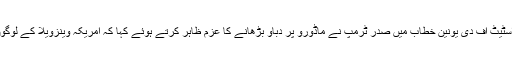
منگل کے روز اپنے اسٹیٹ آف دی یونین خطاب میں صدر ٹرمپ نے ماڈورو پر دباؤ بڑھانے کا عزم ظاہر کرتے ہوئے کہا کہ امریکہ وینزویلا کے لوگوں کے ساتھ کھڑا ہے۔